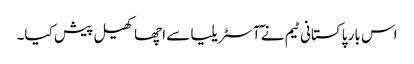
اس بار پاکستانی ٹیم نے ٓآسٹریلیا سے اچھا کھیل پیش کیا۔